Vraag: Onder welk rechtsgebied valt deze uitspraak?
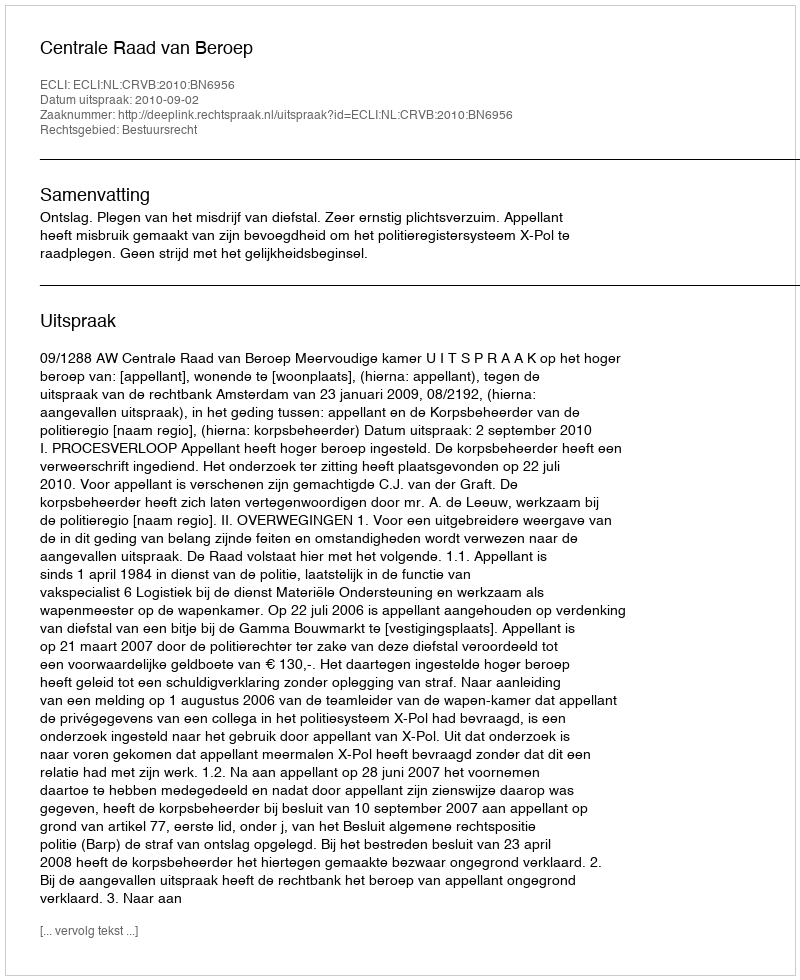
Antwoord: Bestuursrecht